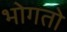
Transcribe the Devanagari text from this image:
भोगतो